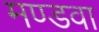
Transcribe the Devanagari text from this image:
मण्डवा